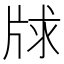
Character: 𤗂